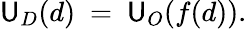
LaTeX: \mathsf{U}_{D}(d)\ =\ \mathsf{U}_{O}(f(d)).